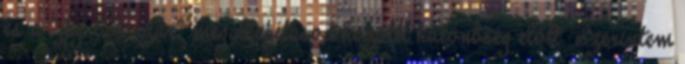
és a "jpg-ben szar" megállapításod közötti különbség előtt. Szerintem